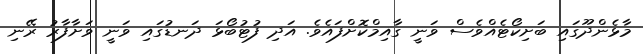
މާޅެންދޫގައި ބަށިކޯޓެއްވެސް ވަނީ ގާއިމްކޮށްފައެވެ. އަދި ފުޓުބޯޅަ ދަނޑުގައި ވަނީ ވަށާފާރު ރޭނި